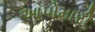
આપોમારી